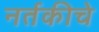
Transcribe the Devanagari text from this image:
नर्तकीचे